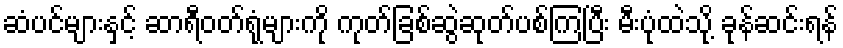
ဆံပင်များနှင့် ဆာရီဝတ်ရုံများကို ကုတ်ခြစ်ဆွဲဆုတ်ပစ်ကြပြီး မီးပုံထဲသို့ ခုန်ဆင်းရန်